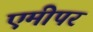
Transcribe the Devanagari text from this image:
एमीपर